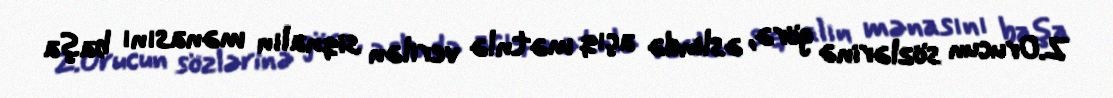
Z.Orucun sözlərinə görə, əslində açıq mətnlə verilən siqnalın mənasını başa